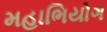
મહાભિયોગ